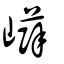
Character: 𡾲